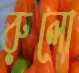
রুলো